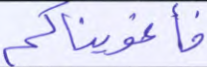
فأغويناكم